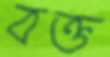
বক্ত